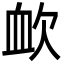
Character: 欰